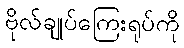
ဗိုလ်ချုပ်ကြေးရုပ်ကို